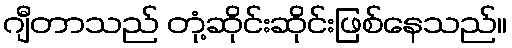
ဂျီတာသည် တုံ့ဆိုင်းဆိုင်းဖြစ်နေသည်။